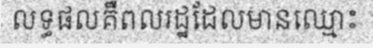
លទ្ធផលគឺពលរដ្ឋដែលមានឈ្មោះ